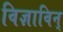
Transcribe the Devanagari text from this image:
विज्ञाविन्